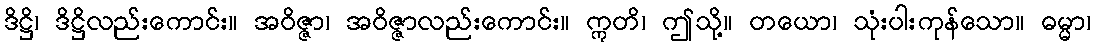
ဒိဋ္ဌိ၊ ဒိဋ္ဌိလည်းကောင်း။ အဝိဇ္ဇာ၊ အဝိဇ္ဇာလည်းကောင်း။ ဣတိ၊ ဤသို့။ တယော၊ သုံးပါးကုန်သော။ ဓမ္မာ၊